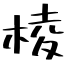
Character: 棱